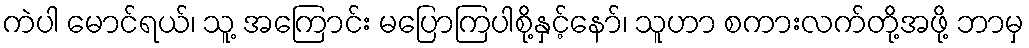
ကဲပါ မောင်ရယ်၊ သူ့ အကြောင်း မပြောကြပါစို့နှင့်နော်၊ သူဟာ စကားလက်တို့အဖို့ ဘာမှ